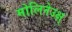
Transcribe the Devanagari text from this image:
मोलिनेउक्ष्